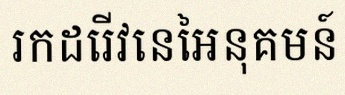
រកដេរីវេនៃអនុគមន៍